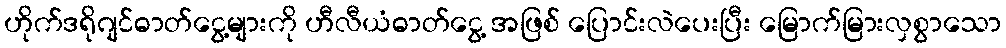
ဟိုက်ဒရိုဂျင်ဓာတ်ငွေ့များကို ဟီလီယံဓာတ်ငွေ့ အဖြစ် ပြောင်းလဲပေးပြီး မြောက်မြားလှစွာသော